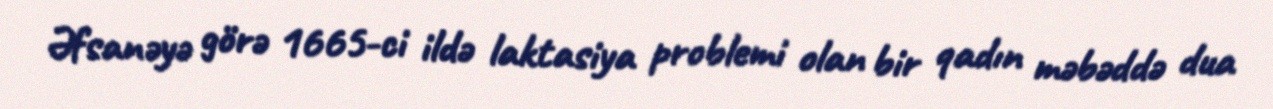
Əfsanəyə görə 1665-ci ildə laktasiya problemi olan bir qadın məbəddə dua